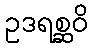
ဥဒရစ္ဆဝိ